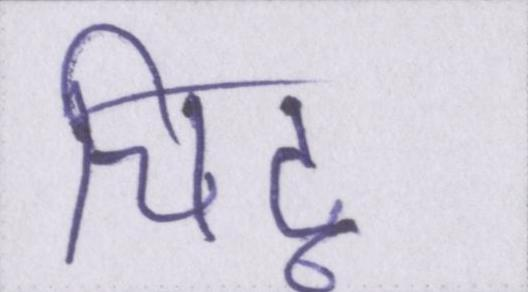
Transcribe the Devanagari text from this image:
चिंटू